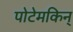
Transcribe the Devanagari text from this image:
पोटेमकिन्